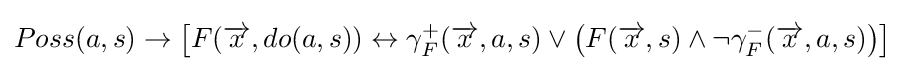
Poss(a,s)\rightarrow \left[F({\overrightarrow {x}},do(a,s))\leftrightarrow \gamma _{F}^{+}({\overrightarrow {x}},a,s)\vee \left(F({\overrightarrow {x}},s)\wedge \neg \gamma _{F}^{-}({\overrightarrow {x}},a,s)\right)\right]